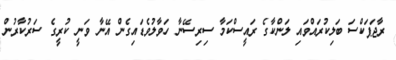
ރާޖަޕަކްސަ ބަލިކުރައްވައި ލަންކާގެ ރައީސްކަމާ ސިރިސޭނާ ހަވާލުވެޑައިގެން އޭނާ ވަނީ ކުރީގެ ސަރުކާރުން